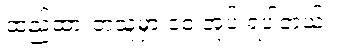
ထည့်ထားတဲ့သူမှာ ၁၀ အုပ် ရပါတယ်။